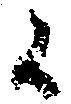
候